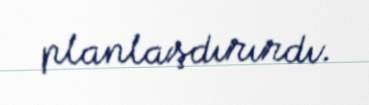
planlaşdırırdı.